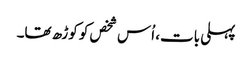
پہلی بات، اُس شخص کو کوڑھ تھا۔